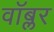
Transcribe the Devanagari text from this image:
वॉब्लर